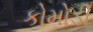
કોમોડી